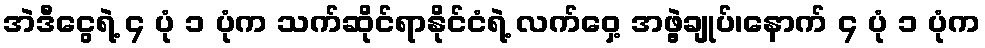
အဲဒီငွေရဲ့ ၄ ပုံ ၁ ပုံက သက်ဆိုင်ရာနိုင်ငံရဲ့ လက်ဝှေ့ အဖွဲ့ချုပ်၊နောက် ၄ ပုံ ၁ ပုံက